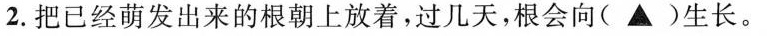
2.把已经萌发出来的根朝上放着，过几天，根会向( ▲ )生长。